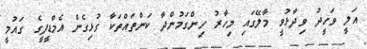
އަލީ ވަހީދު ވިދާޅުވީ މާލޭގައި މިހާރު ހިންގަމުންދާ ކަންތައްތަކާ ގުޅިގެން އެމްޑީޕީގެ ގައުމީ